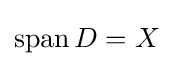
\operatorname {span} D=X